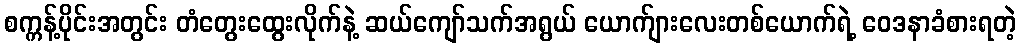
စက္ကန့်ပိုင်းအတွင်း တံတွေးထွေးလိုက်နဲ့ ဆယ်ကျော်သက်အရွယ် ယောက်ျားလေးတစ်ယောက်ရဲ့ ဝေဒနာခံစားရတဲ့